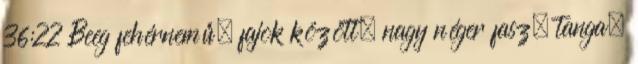
36:22 Beeg fehérnemű, fajok között, nagy néger fasz, tanga,